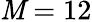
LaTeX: \mathit{M}=12